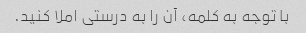
با توجه به کلمه، آن را به درستی املا کنید.